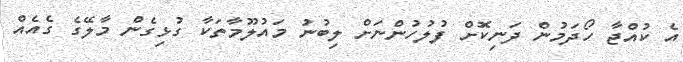
އެ ކުއްޖާ ހޯދަމުން ދަނިކޮށް ފުލުހުންނަށް ލިބުނު މައުލޫމާތަކާ ގުޅިގެން މާލޭގެ ގެއެއް